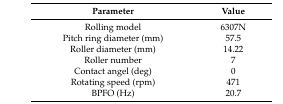
| Parameter | Value |
 | --- | --- |
 | Rolling model | 6307N |
 | Pitch ring diameter (mm) | 57.5 |
 | Roller diameter (mm) | 14.22 |
 | Roller number | 7 |
 | Contact angel (deg) | 0 |
 | Rotating speed (rpm) | 471 |
 | BPFO (Hz) | 20.7 |